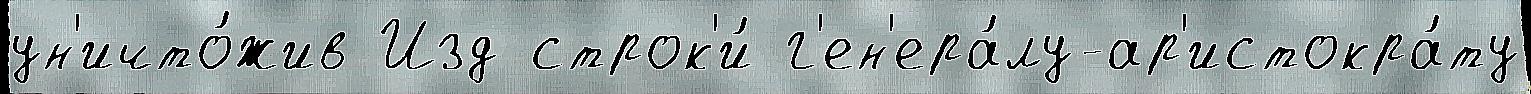
ун'ичто́жив Изд строк'и́ г'ен'ера́лу-ар'истокра́ту